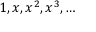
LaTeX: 1 , x , x ^ { 2 } , x ^ { 3 } , \dots